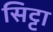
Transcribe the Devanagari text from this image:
सिट्टा